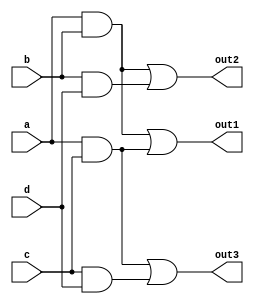
module combinational_logic (
    input wire a,
    input wire b,
    input wire c,
    input wire d,
    output wire out1,
    output wire out2,
    output wire out3
);

// Intermediate shared logic (common sub-expressions)
wire ab;      // a AND b
wire ac;      // a AND c
wire bd;      // b AND d
wire cd;      // c AND d

// Shared logic resources
assign ab = a & b; // Shared logic for out1 and out2
assign ac = a & c; // Shared logic for out3
assign bd = b & d; // Shared logic for out2
assign cd = c & d; // Shared logic for out3

// Output Logic
assign out1 = ab | ac; // out1 uses shared 'ab' and 'ac'
assign out2 = ab | bd; // out2 uses shared 'ab' and 'bd'
assign out3 = ac | cd; // out3 uses shared 'ac' and 'cd'

endmodule